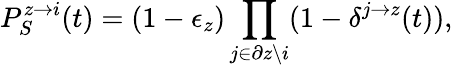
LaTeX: P_{S}^{z\rightarrow i}(t)=(1-\epsilon_{z})\prod_{j\in\partial z\backslash i}(1-\delta^{j\rightarrow z}(t)),